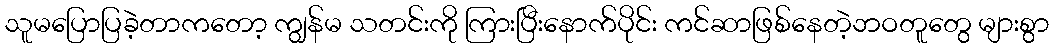
သူမပြောပြခဲ့တာကတော့ ကျွန်မ သတင်းကို ကြားပြီးနောက်ပိုင်း ကင်ဆာဖြစ်နေတဲ့ဘဝတူတွေ များစွာ